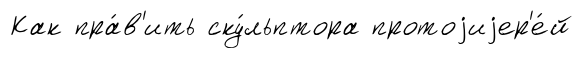
Как пра́в'ить ску́льптора протоjиjер'е́й